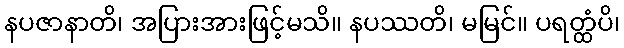
နပဇာနာတိ၊ အပြားအားဖြင့်မသိ။ နပဿတိ၊ မမြင်။ ပရတ္ထံပိ၊